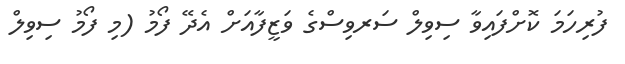
ފުރިހަމަ ކޮށްފައިވާ ސިވިލް ސަރވިސްގެ ވަޒީފާއަށް އެދޭ ފޯމު (މި ފޯމު ސިވިލް